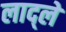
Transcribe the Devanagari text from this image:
लाद्ले